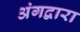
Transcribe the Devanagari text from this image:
अंगद्वारा